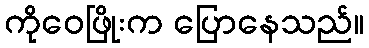
ကိုဝေဖြိုးက ပြောနေသည်။